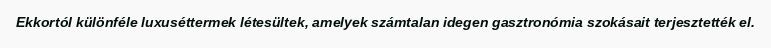
Ekkortól különféle luxuséttermek létesültek, amelyek számtalan idegen gasztronómia szokásait terjesztették el.